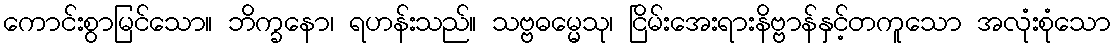
ကောင်းစွာမြင်သော။ ဘိက္ခနော၊ ရဟန်းသည်။ သဗ္ဗဓမ္မေသု၊ ငြိမ်းအေးရားနိဗ္ဗာန်နှင့်တကူသော အလုံးစုံသော